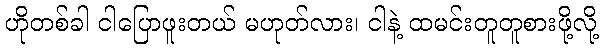
ဟိုတစ်ခါ ငါပြောဖူးတယ် မဟုတ်လား၊ ငါနဲ့ ထမင်းတူတူစားဖို့လို့